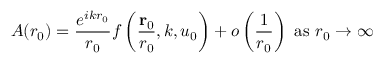
A ( r _ { 0 } ) = { \frac { e ^ { i k r _ { 0 } } } { r _ { 0 } } } f \left( { \frac { \mathbf { r } _ { 0 } } { r _ { 0 } } } , k , u _ { 0 } \right) + o \left( { \frac { 1 } { r _ { 0 } } } \right) { \mathrm { ~ a s ~ } } r _ { 0 } \to \infty